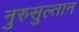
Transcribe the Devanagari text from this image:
नुरुसुल्तान